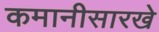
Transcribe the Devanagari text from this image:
कमानीसारखे